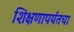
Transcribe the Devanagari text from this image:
शिक्षणापर्यंतचा